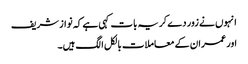
انہوں نے زور دے کر یہ بات کہی ہے کہ نواز شریف
اور عمران کے معاملات بالکل الگ ہیں۔